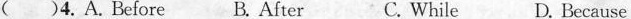
( )4. A. before B. after C. while D. because